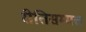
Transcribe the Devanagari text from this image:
रीतिसम्मत